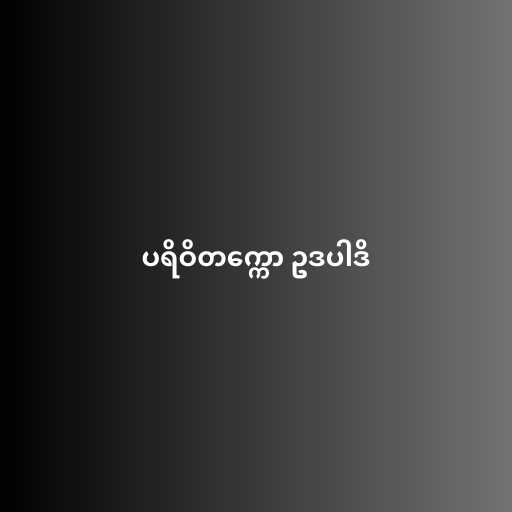
ပရိဝိတက္ကော ဥဒပါဒိ